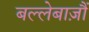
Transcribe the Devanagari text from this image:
बल्लेबाज़ौं